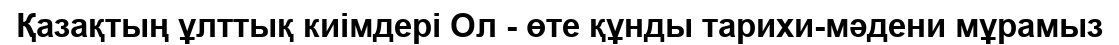
Қазақтың ұлттық киімдері Ол - өте құнды тарихи-мәдени мұрамыз